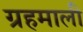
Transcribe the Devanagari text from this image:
ग्रहमाली